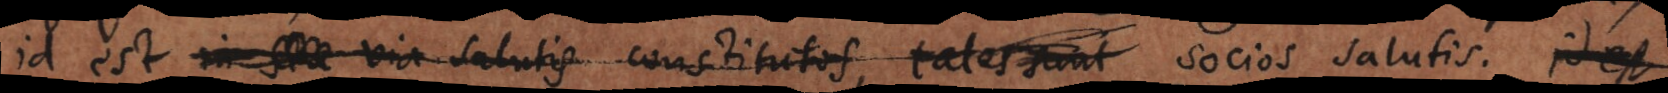
id est in via salutis constitutos, tales sunt socios salutis,